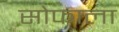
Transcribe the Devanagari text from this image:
सोफाला